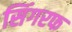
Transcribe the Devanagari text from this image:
सिंगरफ